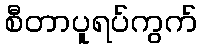
စီတာပူရပ်ကွက်